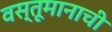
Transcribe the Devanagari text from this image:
वस्तूमानाची